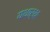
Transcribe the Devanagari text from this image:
यथार्थः